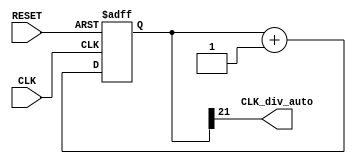
`timescale 1ns / 1ps
//////////////////////////////////////////////////////////////////////////////////
// Company: 
// Engineer: 
// 
// Design Name: 
// Module Name: CLK_div_AUTO
// Project Name: 
// Target Devices: 
// Tool Versions: 
// Description: 
// 
// Dependencies: 
// 
// Revision:
// Revision 0.01 - File Created
// Additional Comments:
// 
//////////////////////////////////////////////////////////////////////////////////

// Generates a CLK signal for the railway cart automatic mode , with a frequency of 24 Hz or 42 ms

module CLK_div_AUTO(input CLK,input RESET,output CLK_div_auto);
reg [21:0] count_div;
always @ (posedge CLK,posedge RESET)
begin
    if (RESET == 1)
        count_div <= 0;
    else
        count_div <= count_div + 1;
end
assign CLK_div_auto = count_div[21];
endmodule